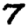
Digit: 7